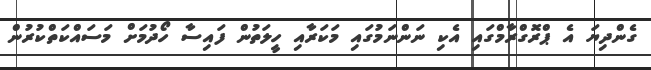
ގެންދިޔަ އެ ޕްރޮގްރާމްގައި އެކި ނަންނަމުގައި މަކަރާއި ހީލަތުން ފައިސާ ހޯދުމަށް މަސައްކަތްކުރުން